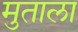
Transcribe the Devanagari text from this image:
मुताला